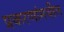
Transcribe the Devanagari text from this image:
प्रकरणांमधील